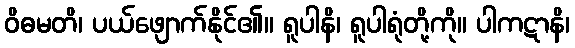
ဝိဓမတိ၊ ပယ်ဖျောက်နိုင်၏။ ရူပါနိ၊ ရူပါရုံတို့ကို။ ပါကဋာနိ၊